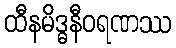
ထီနမိဒ္ဓနီဝရဏဿ